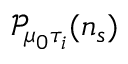
\mathcal { P } _ { \mu _ { 0 } \tau _ { i } } ( n _ { s } )